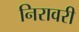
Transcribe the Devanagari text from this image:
निरावरी